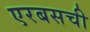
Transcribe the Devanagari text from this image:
एरबसची